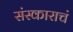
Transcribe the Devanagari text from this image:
संस्काराचं